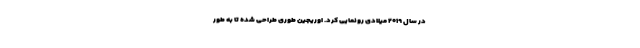
در سال ۲۰۱۹ میلادی رونمایی کرد. اوریجین طوری طراحی شده تا به طور